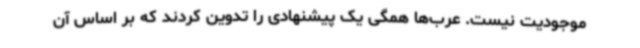
موجودیت نیست. عرب‌ها همگی یک پیشنهادی را تدوین کردند که بر اساس آن